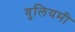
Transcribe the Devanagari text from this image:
वुलियमी